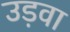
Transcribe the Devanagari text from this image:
उड़वा